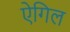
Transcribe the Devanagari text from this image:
ऐगिल